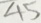
4 5